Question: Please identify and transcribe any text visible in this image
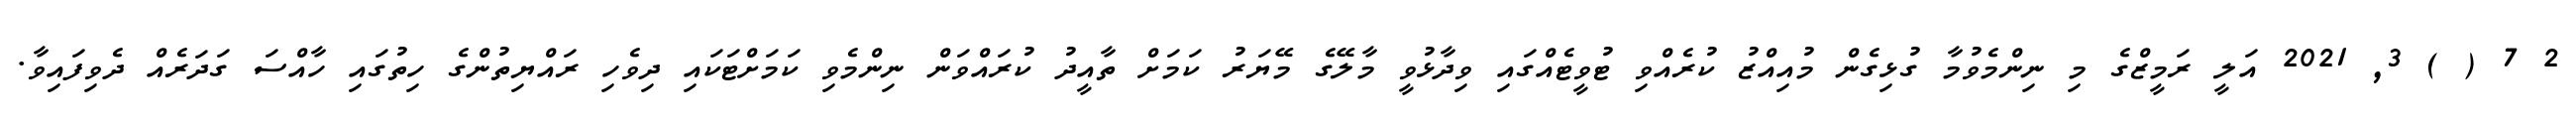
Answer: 2 7 ( ) 3, 2021 އަލީ ރަމީޒްގެ މި ނިންމެވުމާ ގުޅިގެން މުއިއްޒު ކުރެއްވި ޓުވީޓެއްގައި ވިދާޅުވީ މާލޭގެ މޭޔަރު ކަމަށް ތާއީދު ކުރައްވަން ނިންމެވި ކަމަށްޓަކައި ދިވެހި ރައްޔިތުންގެ ހިތުގައި ހާއްސަ ގަދަރެއް ދެވިފައިވާ.